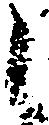
し